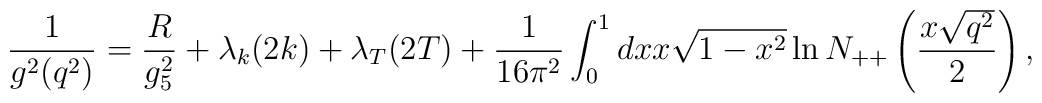
{1\over g^2(q^2)} = {R\over g_5^2} +\lambda_k(2k) + \lambda_T(2T) + {1\over 16\pi^2} \int_0^1 dx  x \sqrt{1-x^2} \ln N_{++}\left({x\sqrt{q^2}\over 2}\right),